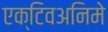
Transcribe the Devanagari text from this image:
एक्टिवअनिमे